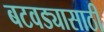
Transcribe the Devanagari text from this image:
बटवड्यासाठी